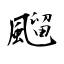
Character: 飀